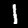
Digit: 1